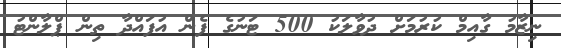
ނިޒާމު ގާއިމް ކުރުމަށް ދުވާލަކު 500 ޓަނުގެ ފެން އުފައްދާ ތިން ޕްލާންޓު